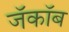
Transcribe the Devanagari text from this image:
जॅकॉब